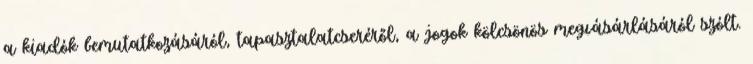
a kiadók bemutatkozásáról, tapasztalatcseréről, a jogok kölcsönös megvásárlásáról szólt.